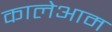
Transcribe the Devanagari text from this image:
कालेआम